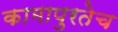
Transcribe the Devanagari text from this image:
कामापुरतेच